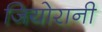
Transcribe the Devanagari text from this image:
जियोरानी